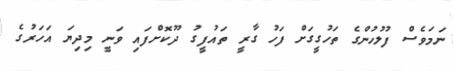
ނަމަވެސް ފުލުހުންގެ ތަހުގީގަށް ފަހު ގާރީ ތައުފީގު ދޫކޮށްފައި ވަނީ މިދިޔަ އަހަރުގެ